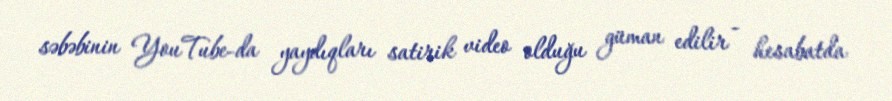
səbəbinin YouTube-da yaydıqları satirik video olduğu güman edilir - hesabatda